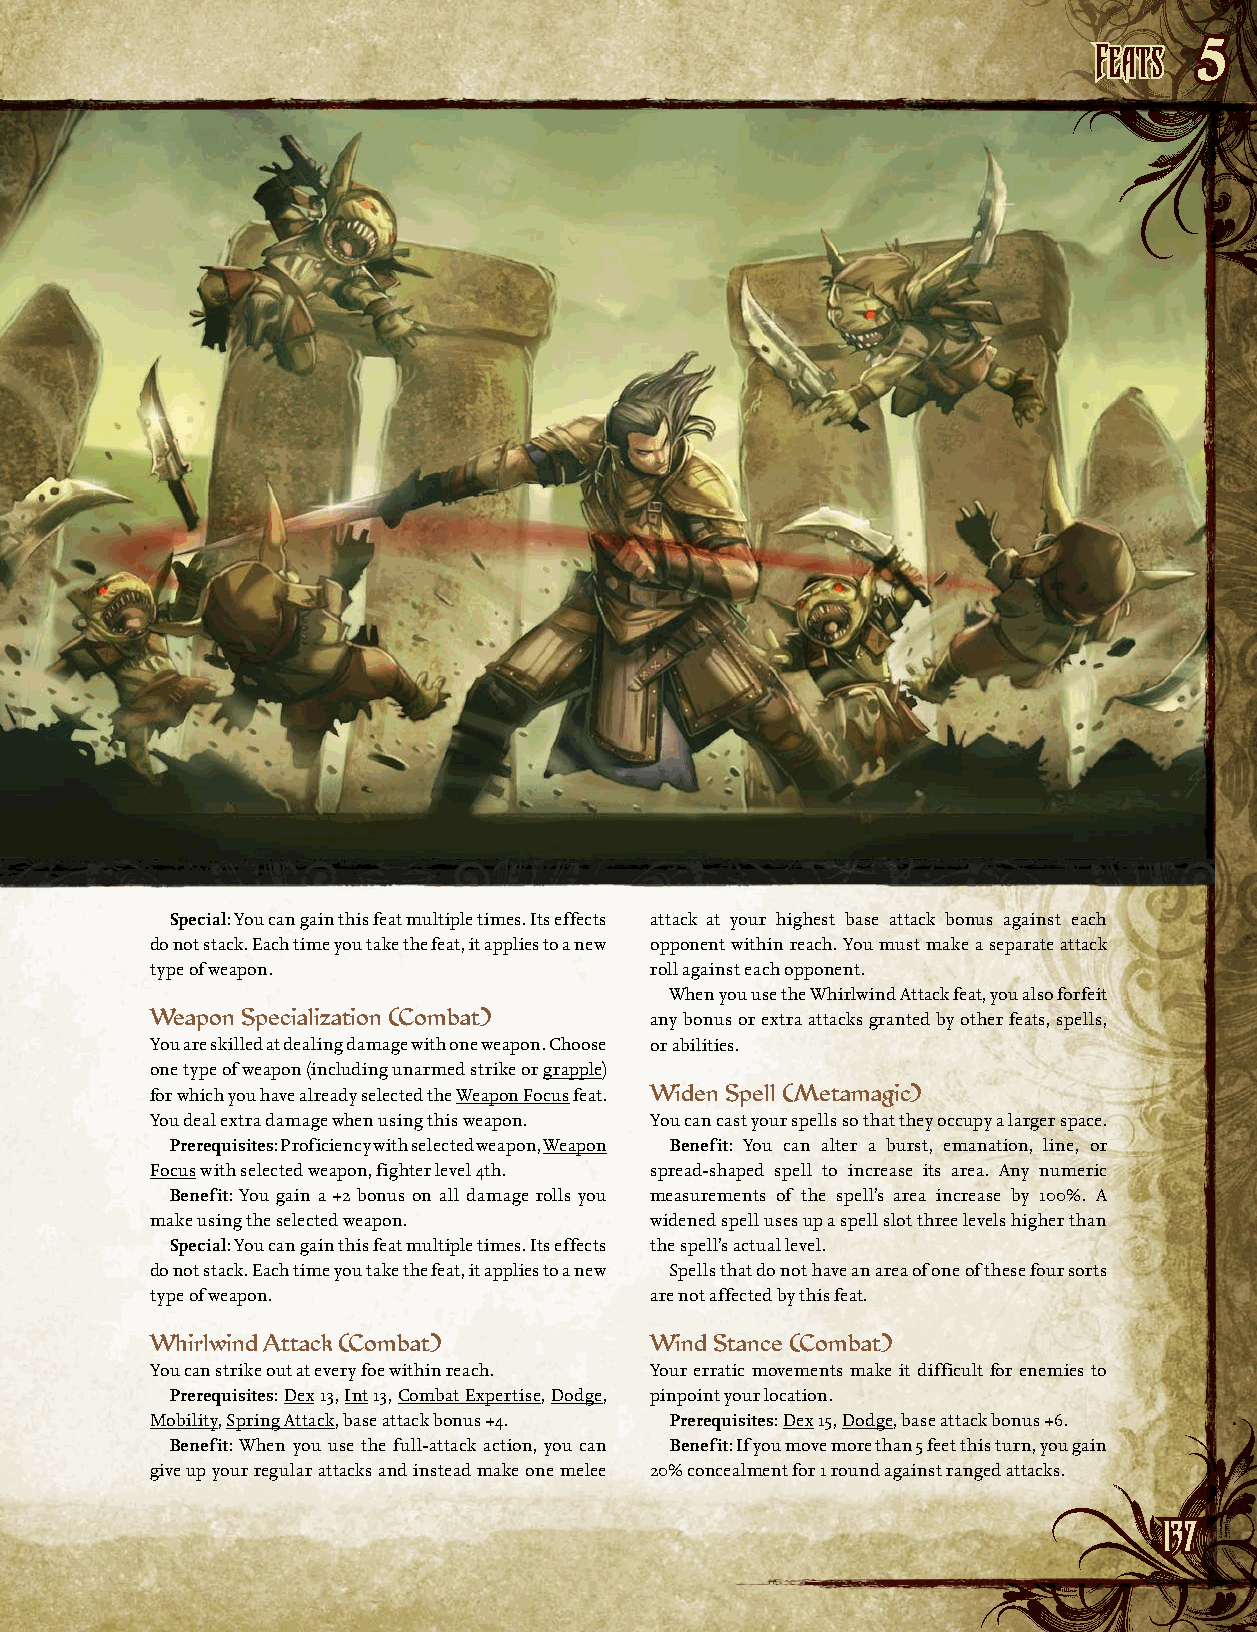
FFeeaattss
 5
 Special: You can gain this feat multiple times. Its effects attack at your highest base attack bonus against each
 do not stack. Each time you take the feat, it applies to a new opponent within reach. You must make a separate attack
 type of weapon.                  roll against each opponent.
 When you use the Whirlwind Attack feat, you also forfeit
 Weapon Specialization (Combat)   any bonus or extra attacks granted by other feats, spells,
 You are skilled at dealing damage with one weapon. Choose or abilities.
 one type of weapon (including unarmed strike or grapple)
 for which you have already selected the Weapon Focus feat. Widen Spell (Metamagic)
 You deal extra damage when using this weapon. You can cast your spells so that they occupy a larger space.
 Prerequisites: Proficiency with selected weapon, Weapon Benefit: You can alter a burst, emanation, line, or
 Focus with selected weapon, fighter level 4th. spread-shaped spell to increase its area. Any numeric
 Benefit: You gain a +2 bonus on all damage rolls you measurements of the spell’s area increase by 100%. A
 make using the selected weapon.  widened spell uses up a spell slot three levels higher than
 Special: You can gain this feat multiple times. Its effects the spell’s actual level.
 do not stack. Each time you take the feat, it applies to a new Spells that do not have an area of one of these four sorts
 type of weapon.                  are not affected by this feat.
 Whirlwind Attack (Combat)        Wind Stance (Combat)
 You can strike out at every foe w ithin reach. Your erratic movements make it difficult for enemies to
 Prerequisites: Dex 13, Int 13, Combat Expertise, Dodge, pinpoint your location.
 Mobility, Spring Attack, base attack bonus +4. Prerequisites: Dex 15, Dodge, base attack bonus +6.
 Benefit: When you use the full-attack action, you can Benefit: If you move more than 5 feet this turn, you gain
 give up your regular attacks and instead make one melee 20% concealment for 1 round against ranged attacks.
 113377